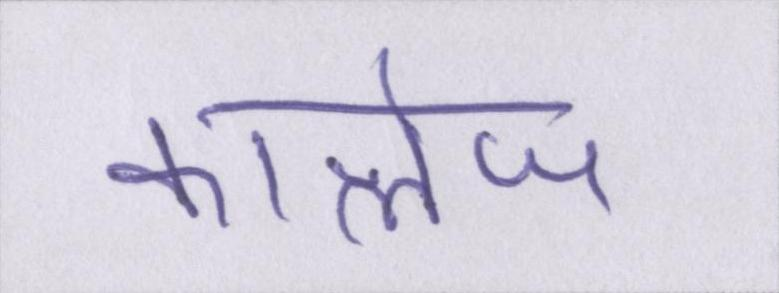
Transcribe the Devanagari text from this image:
कालेज